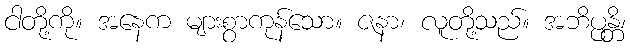
ငါတို့ကို။ အနေက များစွာကုန်သော။ ဇနာ၊ လူတို့သည်။ အဘိပ္ပန္တိ၊